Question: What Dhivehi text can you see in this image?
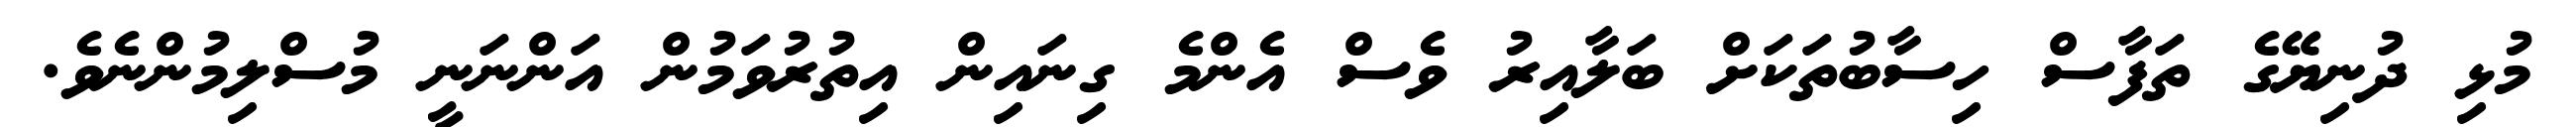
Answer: މުޅި ދުނިޔޭގެ ތަފާސް ހިސާބުތަކަށް ބަލާއިރު ވެސް އެންމެ ގިނައިން އިތުރުވަމުން އަންނަނީ މުސްލިމުންނެވެ.